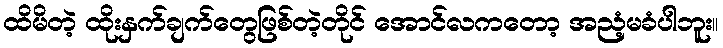
ထိမိတဲ့ ထိုးနှက်ချက်တွေဖြစ်တဲ့တိုင် အောင်လကတော့ အညံ့မခံပါဘူး။